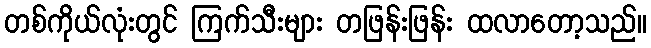
တစ်ကိုယ်လုံးတွင် ကြက်သီးများ တဖြန်းဖြန်း ထလာတော့သည်။